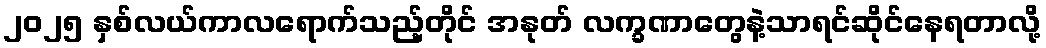
၂၀၂၅ နှစ်လယ်ကာလရောက်သည့်တိုင် အနုတ် လက္ခဏာတွေနဲ့သာရင်ဆိုင်နေရတာလို့